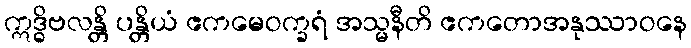
ဣဒ္ဓိဗလန္တိ ပန္တိယံ ဧကမေဝက္ခရံ အသ္မနီတိ ဧကတောအနုဿာဝနေ